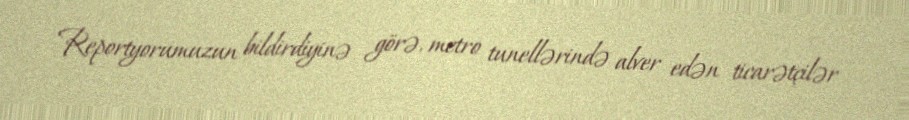
Reportyorumuzun bildirdiyinə görə, metro tunellərində alver edən ticarətçilər